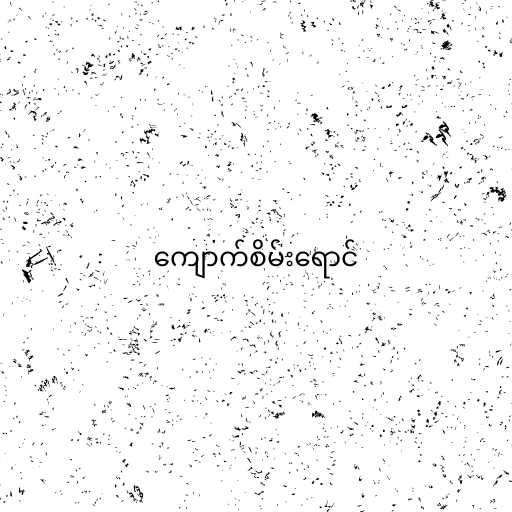
ကျောက်စိမ်းရောင်